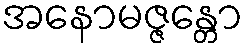
အနောမဇ္ဇန္တော